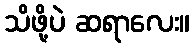
သိဖို့ပဲ ဆရာလေး။